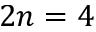
2 n = 4